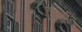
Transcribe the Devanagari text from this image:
त्रिशति